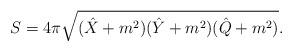
LaTeX: \begin{align*}S=4\pi\sqrt{(\hat{X}+m^2)(\hat{Y}+m^2)(\hat{Q}+m^{2})}.\end{align*}